65_HS1-834228961_62-HQ-83894_Section_8
Agency: FBI
Page 147
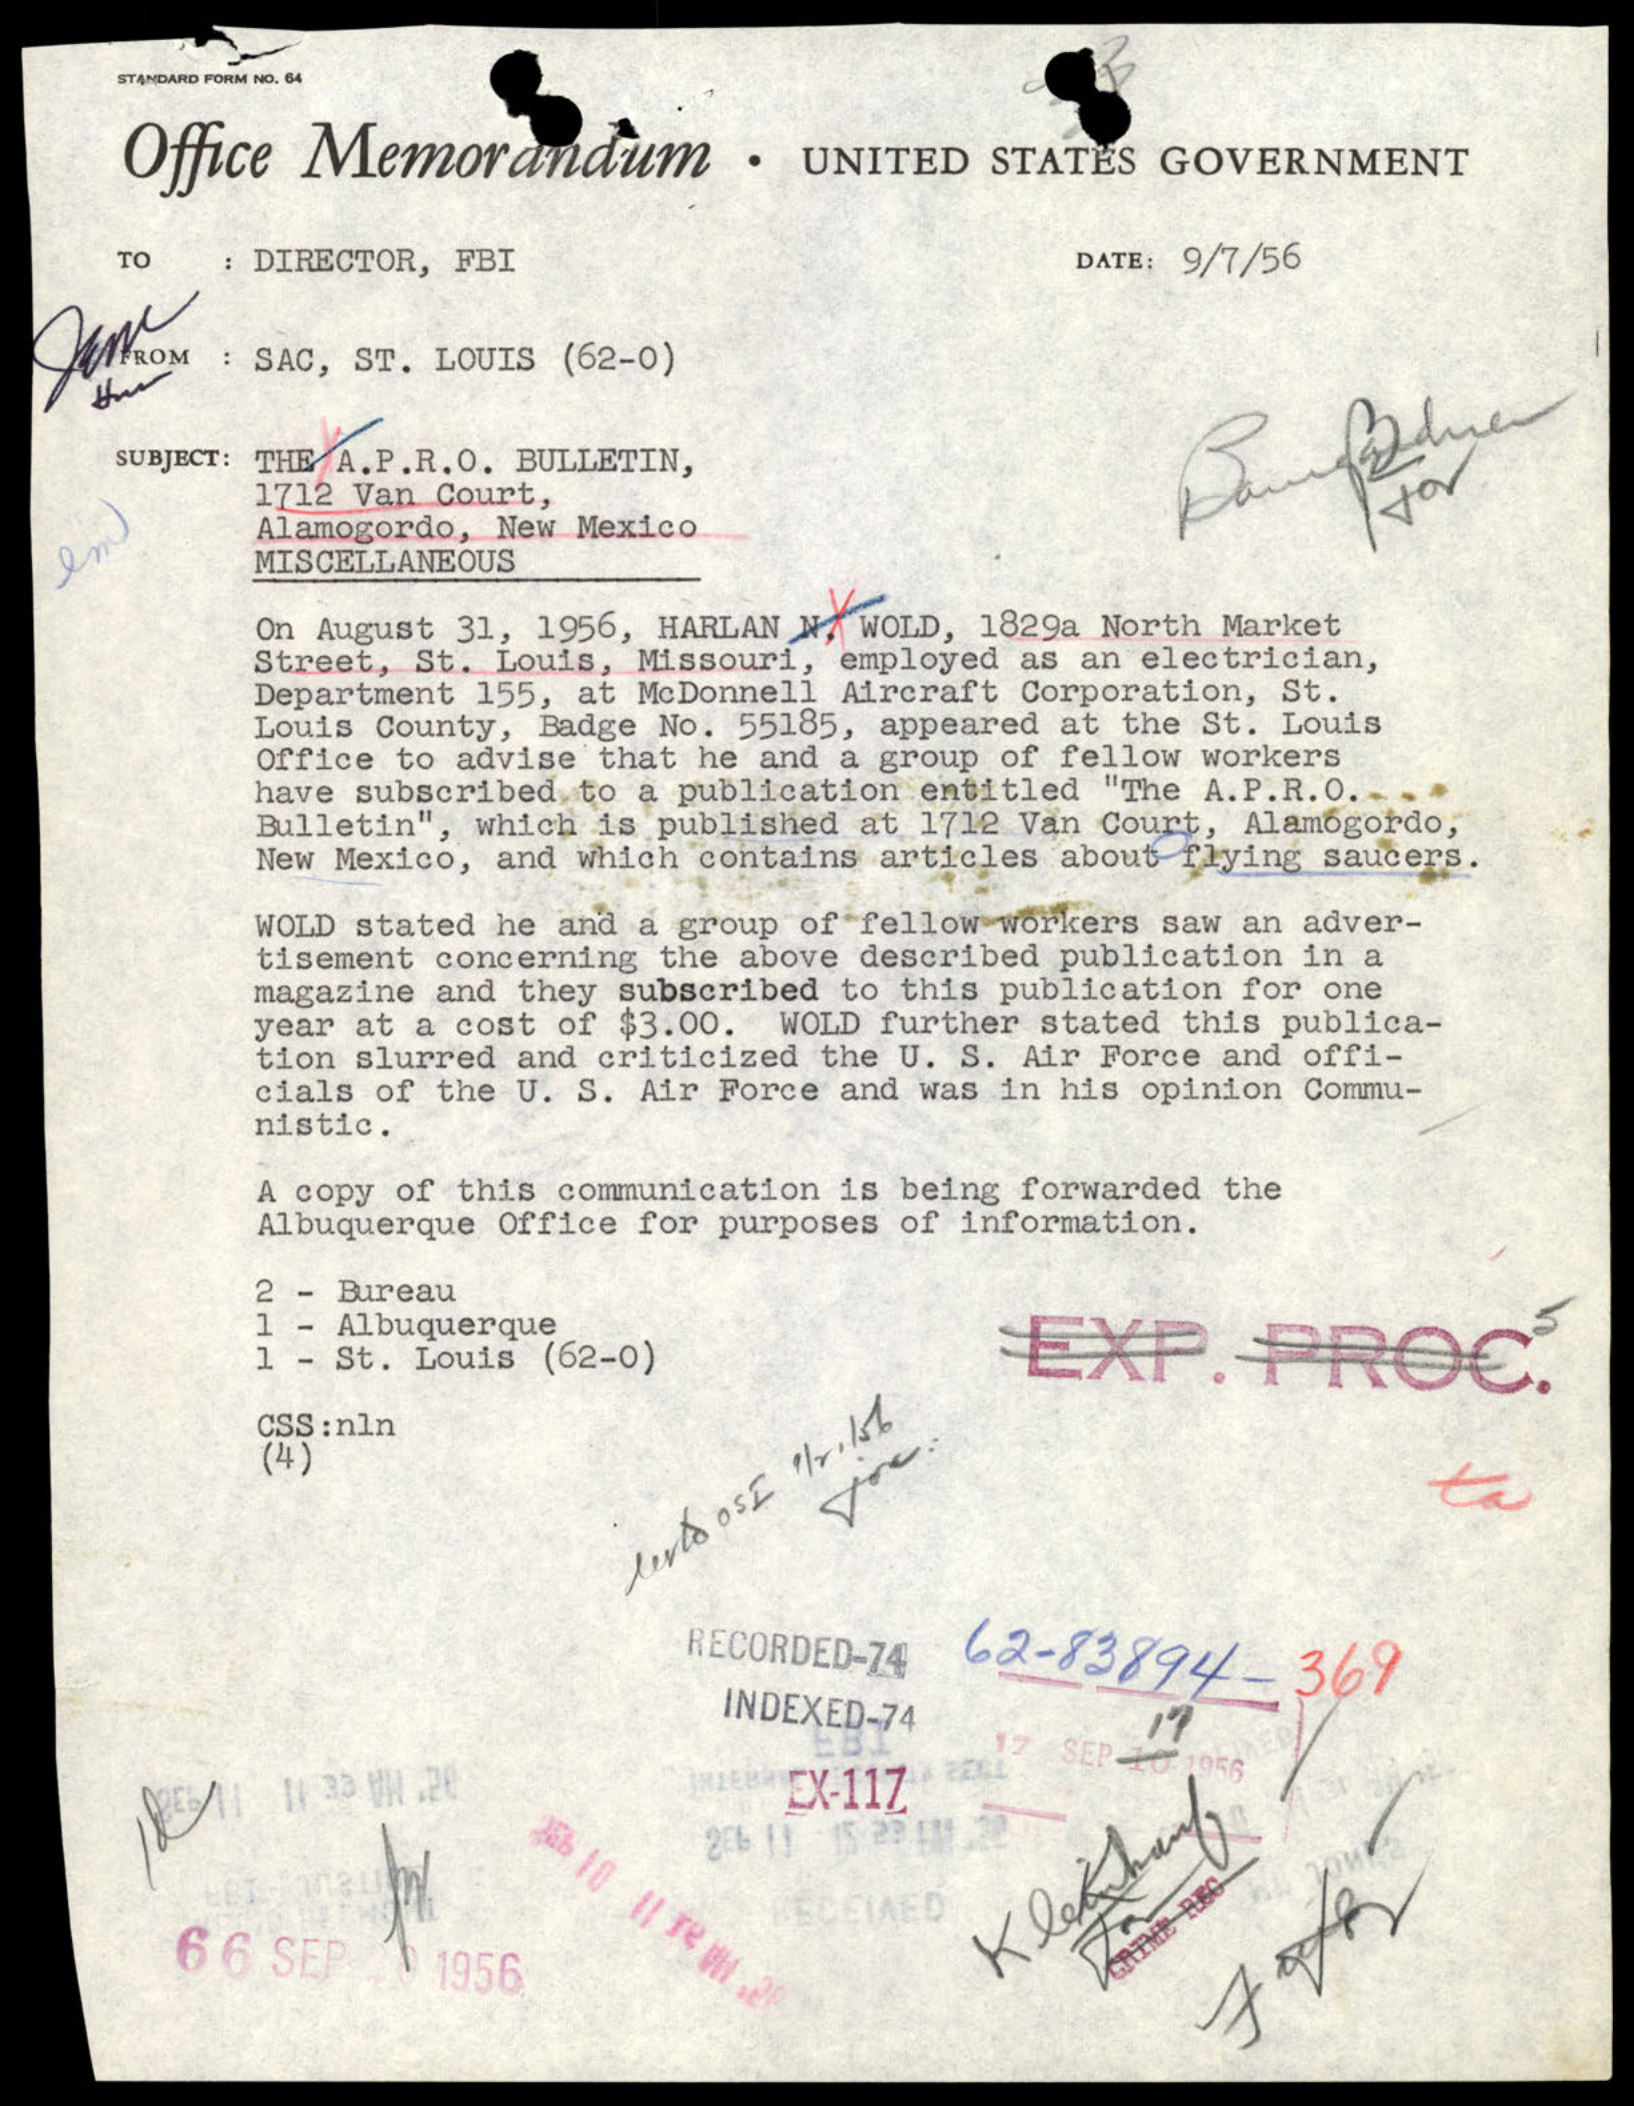